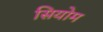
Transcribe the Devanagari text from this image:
सियोम